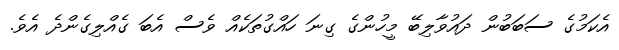
އެކަމުގެ ސަބަބުން ދައުވާލިބޭ މީހުންގެ ގިނަ ހައްގުތަކެއް ވެސް އެބަ ގެއްލިގެންދެ އެވެ.